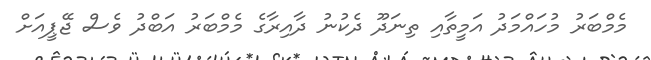
މެމްބަރު މުހައްމަދު އަމީތާއި ތިނަދޫ ދެކުނު ދާއިރާގެ މެމްބަރު އަބްދު ވެސް ޖޭޕީއަށް